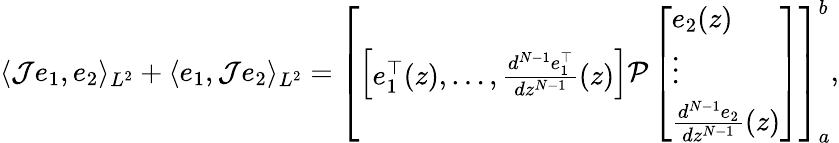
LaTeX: \begin{array}{r}{\langle\mathcal{J}e_{1},e_{2}\rangle_{L^{2}}+\langle e_{1},\mathcal{J}e_{2}\rangle_{L^{2}}=\left[\left[\begin{array}{l}{e_{1}^{\top}(z),\ldots,\frac{d^{N-1}e_{1}^{\top}}{dz^{N-1}}(z)}\end{array}\right]\mathcal{P}\left[\begin{array}{l}{e_{2}(z)}\\ {\vdots}\\ {\frac{d^{N-1}e_{2}}{dz^{N-1}}(z)}\end{array}\right]\right]_{a}^{b},}\end{array}